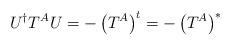
LaTeX: \begin{align*}U^{\dagger}T^AU = -\left( T^A\right)^t = -\left( T^A\right)^*\end{align*}